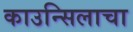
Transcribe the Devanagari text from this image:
काउन्सिलाचा